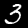
Label: 3